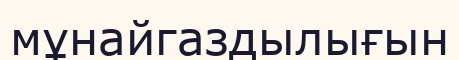
мұнайгаздылығын